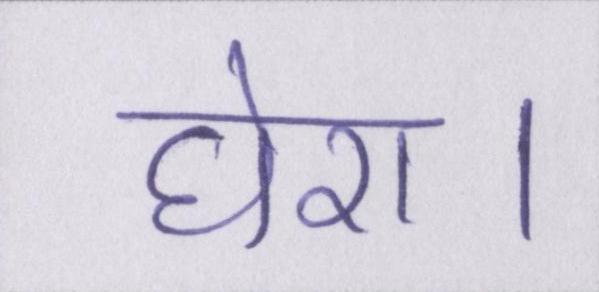
घेरा।